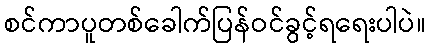
စင်ကာပူတစ်ခေါက်ပြန်ဝင်ခွင့်ရရေးပါပဲ။